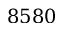
8 5 8 0